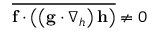
\overline { { \mathbf { f } \cdot \left( \left( \mathbf { g } \cdot \boldsymbol { \nabla } _ { h } \right) \mathbf { h } \right) } } \ne 0